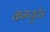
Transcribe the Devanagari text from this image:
कम्प्यूटेड